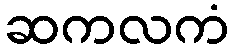
ဆကလကံ